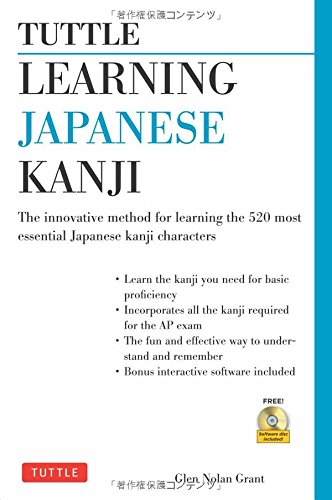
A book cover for Tuttle Learning Japanese Kanji: The Innovative Method for Learning the 500 Most Essential Japanese Kanji Characters (CD-ROM Included); Glen Nolan Grant; Reference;